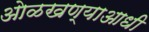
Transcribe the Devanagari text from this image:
ओळखण्याआधी